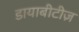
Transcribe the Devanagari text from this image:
डायाबीटीज़